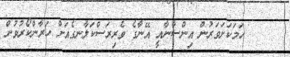
٦     ހަމަކަށަވަރުން އިންސާނާއީ އޭނާގެ ވެރިރަސްކަލާނގެއަށް ހަރާންކޯރުވުން